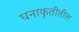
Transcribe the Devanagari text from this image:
घनाकृतीतील